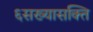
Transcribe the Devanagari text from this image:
६सख्यासक्ति